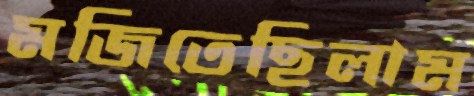
মজিতেছিলাম